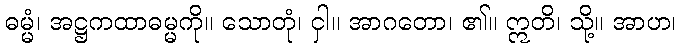
ဓမ္မံ၊ အဋ္ဌကထာဓမ္မကို။ သောတုံ၊ ငှါ။ အာဂတော၊ ၏။ ဣတိ၊ သို့။ အာဟ၊